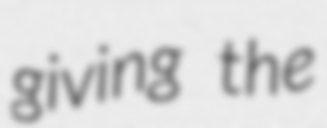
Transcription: giving the